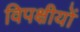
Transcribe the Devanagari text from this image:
विपक्षीयों